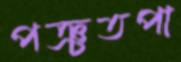
পঞ্চতপা